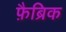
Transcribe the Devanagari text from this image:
फ़ैब्रिक